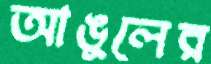
আঙুলের